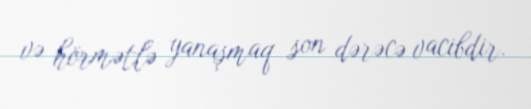
və hörmətlə yanaşmaq son dərəcə vacibdir.